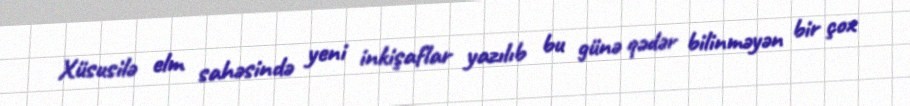
Xüsusilə elm sahəsində yeni inkişaflar yazılıb bu günə qədər bilinməyən bir çox